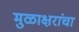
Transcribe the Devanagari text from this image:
मुळाक्षरांचा